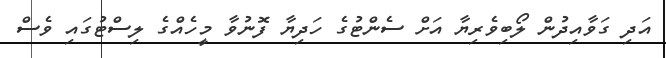
އަދި ގަވާއިދުން ލޯބިވެރިޔާ އަށް ސެންޓުގެ ހަދިޔާ ފޮނުވާ މީހެއްގެ ލިސްޓުގައި ވެސް